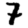
Digit: 7